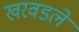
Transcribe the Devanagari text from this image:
खरवडले